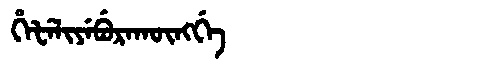
Manchu: ᡥᡝᡶᡝᠯᡳᠶᡝᠪᡠᡵᠠᡴᡡᠩᡤᡝ
Romanization: HEFELIYEBURAKŪNGGE